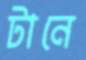
টানে